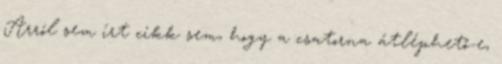
Arról sem írt cikk sem, hogy a csatorna átléphető-e,